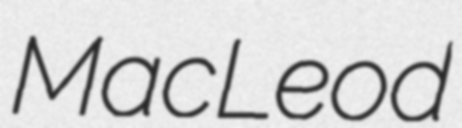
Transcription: MacLeod